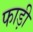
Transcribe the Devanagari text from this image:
फाड़ी